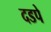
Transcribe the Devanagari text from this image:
दडपे